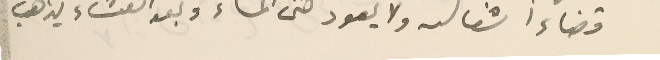
قضاء اشغاله ولا يعود حتى المساء وبعد العشاء يذهب